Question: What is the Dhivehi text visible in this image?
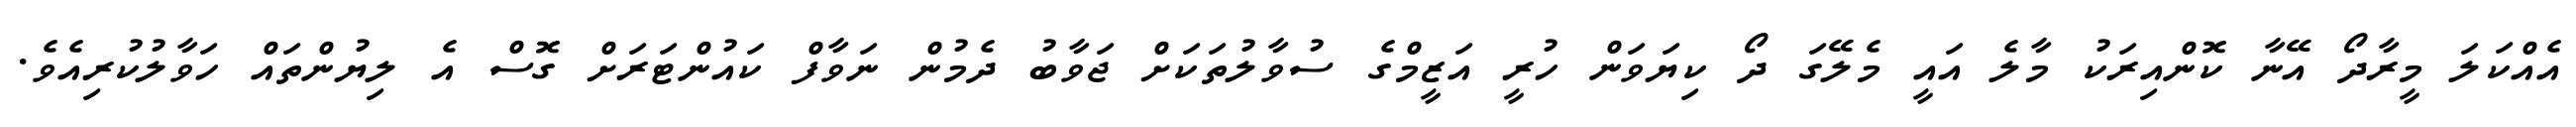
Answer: އެއްކަލަ މީރާދޯ އޭނާ ކޮންއިރަކު މާލެ އައީ މެލޭގަ ދޯ ކިޔަވަން ހުރީ އަޒީމްގެ ސުވާލުތަކަށް ޖަވާބު ދެމުން ނަވާފް ކައުންޓަރަށް ގޮސް އެ ލިޔުންތައް ހަވާލުކުރިއެވެ.